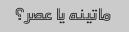
ماتینه یا عصر؟